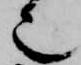
也